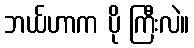
ဘယ်ဟာက ပို ကြီးလဲ။